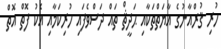
ހުރި ޤުރްއާނުގެ އާޔަތްތަކާއި ޙަދީޘް ތައް ދަސްވެފައި ހުރިކަމާއި އެކު ފޮތް އޮތް